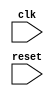
/////////////////////////////////////////////////////////////
// Version   : T-2022.03-SP3
/////////////////////////////////////////////////////////////


module top_level_with_macros ( clk, reset );
  input clk, reset;


endmodule